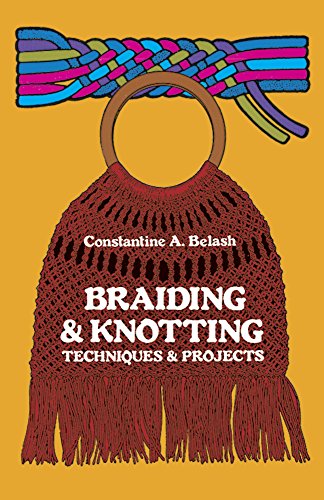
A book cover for Braiding & Knotting: Techniques and Projects; Constantine A. Belash; Crafts, Hobbies & Home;